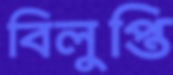
বিলুপ্তি